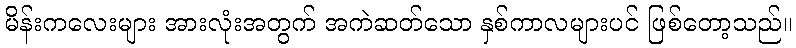
မိန်းကလေးများ အားလုံးအတွက် အကဲဆတ်သော နှစ်ကာလများပင် ဖြစ်တော့သည်။